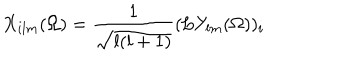
X _ { i l m } ( \Omega ) = \frac { 1 } { \sqrt { l ( l + 1 ) } } ( \mathrm { { \bf L } } Y _ { l m } ( \Omega ) ) _ { i }